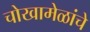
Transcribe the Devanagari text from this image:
चोखामेळांचे